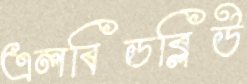
এলবিডব্লিউ